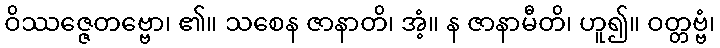
ဝိဿဇ္ဇေတဗ္ဗော၊ ၏။ သစေန ဇာနာတိ၊ အံ့။ န ဇာနာမီတိ၊ ဟူ၍။ ဝတ္တဗ္ဗံ၊